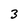
Character: 3